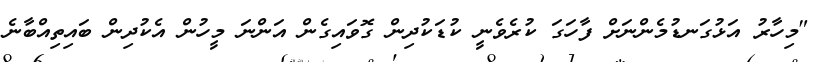
"މިހާރު އަޅުގަނޑުމެންނަށް ފާހަގަ ކުރެވެނީ ކުޑަކުދިން ގޮވައިގެން އަންނަ މީހުން އެކުދިން ބައިތިއްބާނެ